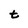
Character: t